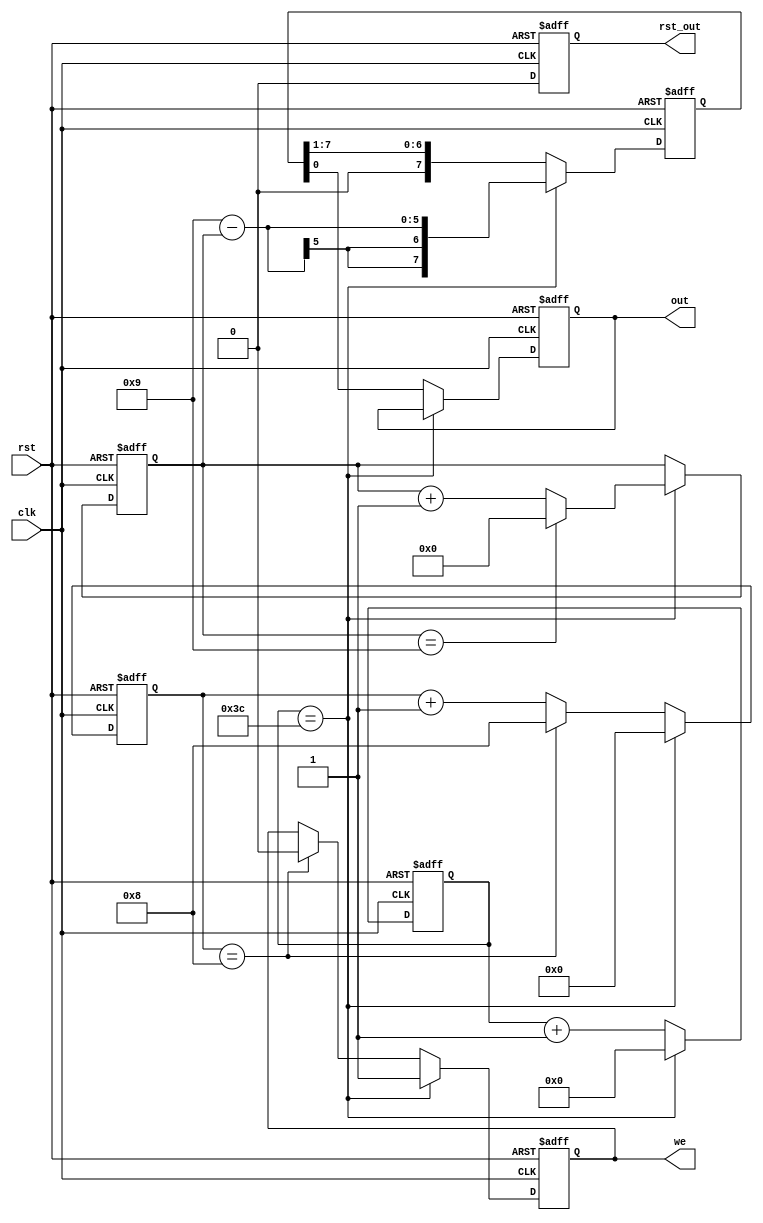
module timer(input clk,
             input rst,
             output reg out,
             output reg we,
             output reg rst_out);
  
reg [26:0] slow_clk;
reg [4:0] countsec;
reg [7:0] out_r;
wire en;
reg [3:0] cnt;  

assign en = (slow_clk == 27'd60);
 
always @ (posedge clk or posedge rst) begin 
      if (rst) begin 
          slow_clk <= 27'd60;
          rst_out <= 1'b1;
      end
      else begin 
        rst_out <= 1'b0;
        if (en) slow_clk <= 27'b0;
        else  slow_clk <= slow_clk + 27'b1;
      end
end
  
always @ (posedge clk or posedge rst) begin
    if(rst) begin 
      countsec <= 4'b0;
      out <= 1'b0;
      out_r <= 8'd9;
      we <= 1'b0;
      cnt <= 4'b0;
    end
    else begin 
        if (en) begin   
             countsec <= countsec + 4'b1;
          if (countsec == 4'd9) 
               countsec <= 4'b0;
          out_r <= (8'd9-countsec);
          we <= 1'b1;
          cnt <= 4'b0;
        end
        else begin 
            cnt <= cnt + 4'b1;
            out <= out_r[0];
            out_r <= (out_r >> 8'b1);
            if (cnt == 4'b1000) begin
                  we <= 1'b0;
                  cnt <= 4'b1000;
            end
       end
    end  
end

endmodule